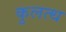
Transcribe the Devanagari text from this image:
कुलत्थ